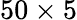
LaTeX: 50\times 5